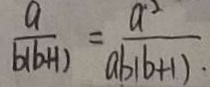
\frac { a } { b ( b \cdot H ) } = \frac { a ^ { 2 } } { a b ( b + 1 ) \cdot }